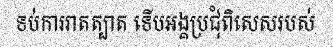
ទប់ការរាតត្បាត ទើបអង្គប្រជុំពិសេសរបស់